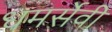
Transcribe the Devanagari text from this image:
धमर्सेवी